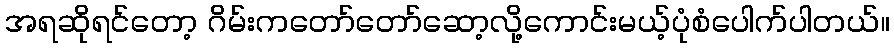
အရဆိုရင်တော့ ဂိမ်းကတော်တော်ဆော့လို့ကောင်းမယ့်ပုံစံပေါက်ပါတယ်။